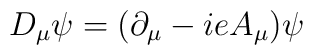
D_{\mu}\psi = (\partial_{\mu} - ie A_{\mu})\psi